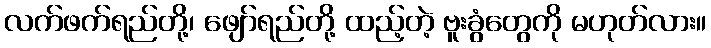
လက်ဖက်ရည်တို့၊ ဖျော်ရည်တို့ ထည့်တဲ့ ဗူးခွံတွေကို မဟုတ်လား။